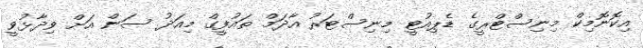
އިކޮނޮމިކް މިނިސްޓްރީގެ ޑެޕިއުޓީ މިނިސްޓަރު އާދަމް ތައުފީގް މިއަދު ސަން އަށް ވިދާޅުވީ